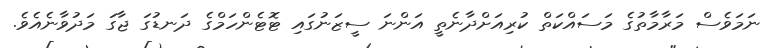
ނަމަވެސް މަރާމާތުގެ މަސައްކަތް ކުރިއަށްދާނެތީ އަންނަ ސީޒަނުގައި ޓޮޓެންހަމްގެ ދަނޑުގަ ޖާގަ މަދުވާނެއެވެ.